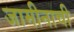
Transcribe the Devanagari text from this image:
जामीनाची